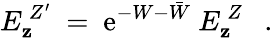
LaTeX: E_{\mathbf{z}}^{\ Z^{\prime}}\ =\ \mathrm{{e}}^{-W-\bar{{W}}}\ E_{\mathbf{z}}^{\ Z}\ \ \ .